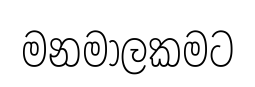
මනමාලකමට